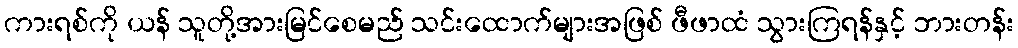
ကားရစ်ကို ယန် သူတို့အားမြင်စေမည် သင်းထောက်များအဖြစ် ဖီဖာထံ သွားကြရန်နှင့် ဘားတန်း